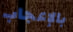
بالإعجاب